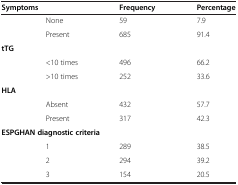
<table><thead><tr><td colspan="2"><b>Symptoms</b></td><td><b>Frequency</b></td><td><b>Percentage</b></td></tr></thead><tbody><tr><td rowspan="2"> </td><td>None</td><td>59</td><td>7.9</td></tr><tr><td>Present</td><td>685</td><td>91.4</td></tr><tr><td colspan="2"><b>tTG</b></td><td colspan="2"> </td></tr><tr><td rowspan="2"> </td><td>&lt;10 times</td><td>496</td><td>66.2</td></tr><tr><td>&gt;10 times</td><td>252</td><td>33.6</td></tr><tr><td colspan="2"><b>HLA</b></td><td colspan="2"> </td></tr><tr><td rowspan="2"> </td><td>Absent</td><td>432</td><td>57.7</td></tr><tr><td>Present</td><td>317</td><td>42.3</td></tr><tr><td colspan="4"><b>ESPGHAN diagnostic criteria</b></td></tr><tr><td rowspan="2"> </td><td>1</td><td>289</td><td>38.5</td></tr><tr><td>2</td><td>294</td><td>39.2</td></tr><tr><td> </td><td>3</td><td>154</td><td>20.5</td></tr></tbody></table>